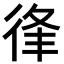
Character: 𢓱